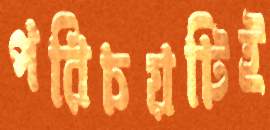
পরিচয়টিই